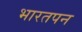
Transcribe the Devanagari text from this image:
भारतपन